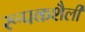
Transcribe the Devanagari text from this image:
रूपकशैली